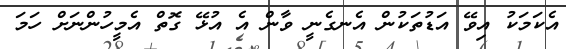
އެކަމަކު އިވޭ އަޑުތަކުން އެނގެނީ ވާން އެ އުޅޭ ގޮތް އެމީހުންނަށް ހަމަ